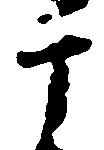
于